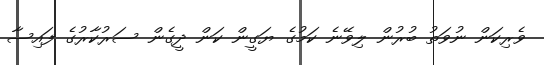
ވެރިކަން ނުވަތު ބުރުން ލިވޭނެ ކަމުގެ ޔަގީން ކަން ދީގެން ސަރުކާރުގެ ފައިސާ